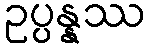
ဥပ္ပန္နဿ